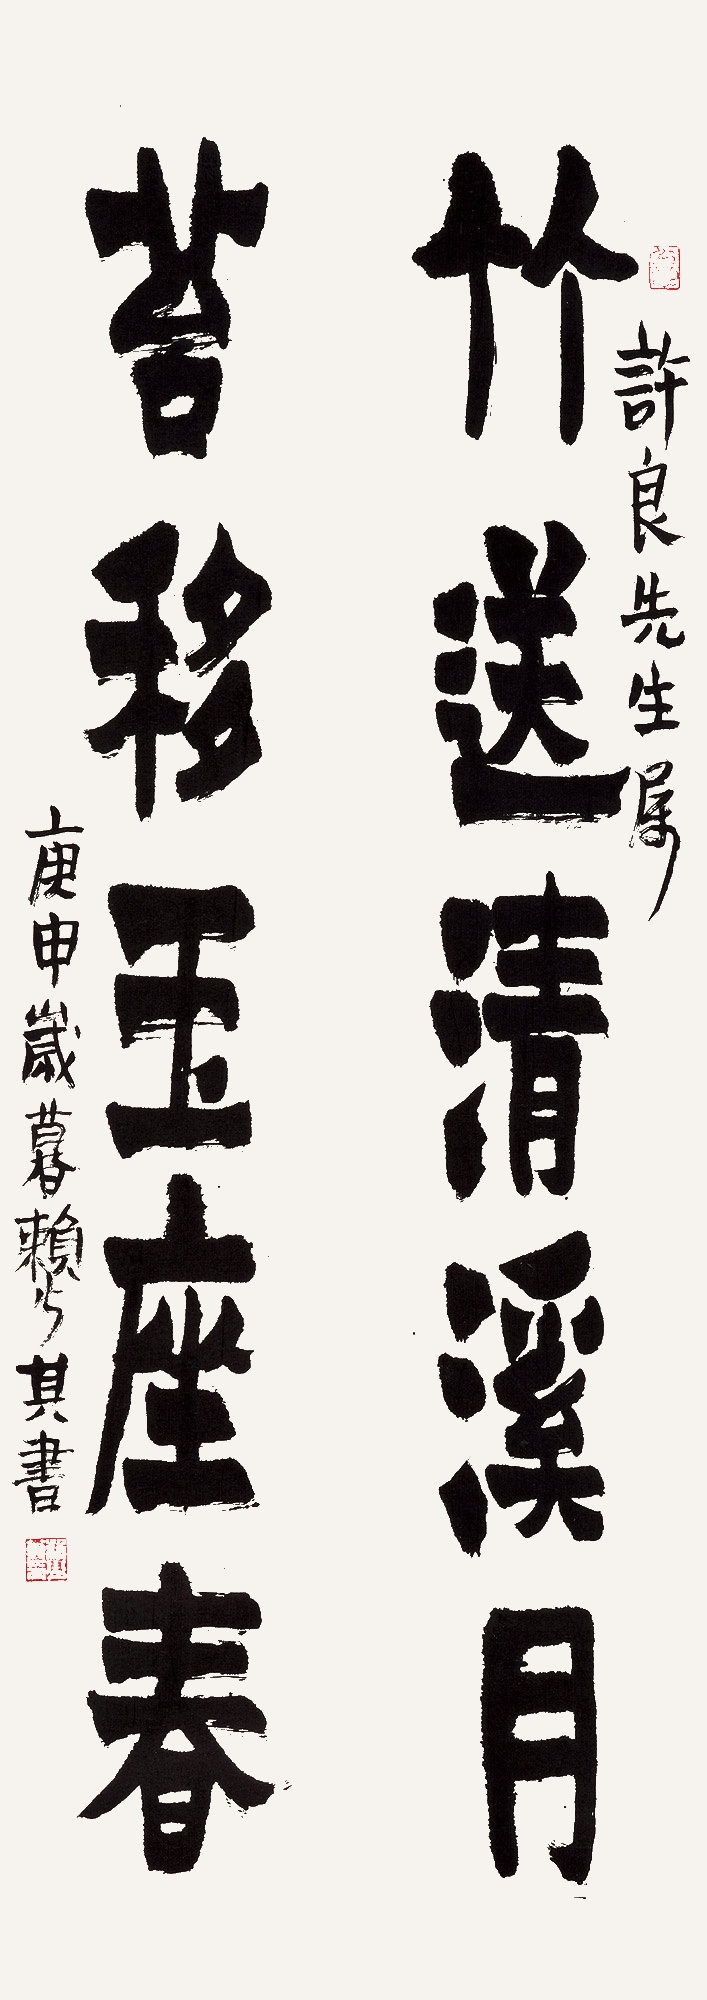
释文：竹送清溪月，苔移玉座春。许良先生属。庚申岁暮，赖少其书。